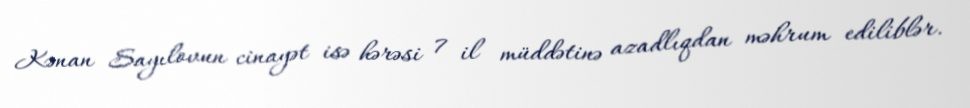
Kənan Sayılovun cinayət isə hərəsi 7 il müddətinə azadlıqdan məhrum ediliblər.